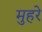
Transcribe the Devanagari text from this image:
मुहरे